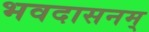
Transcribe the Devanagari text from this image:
भवदासनम्